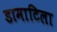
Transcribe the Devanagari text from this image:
डामाटिला